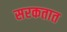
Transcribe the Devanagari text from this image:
सरकतात